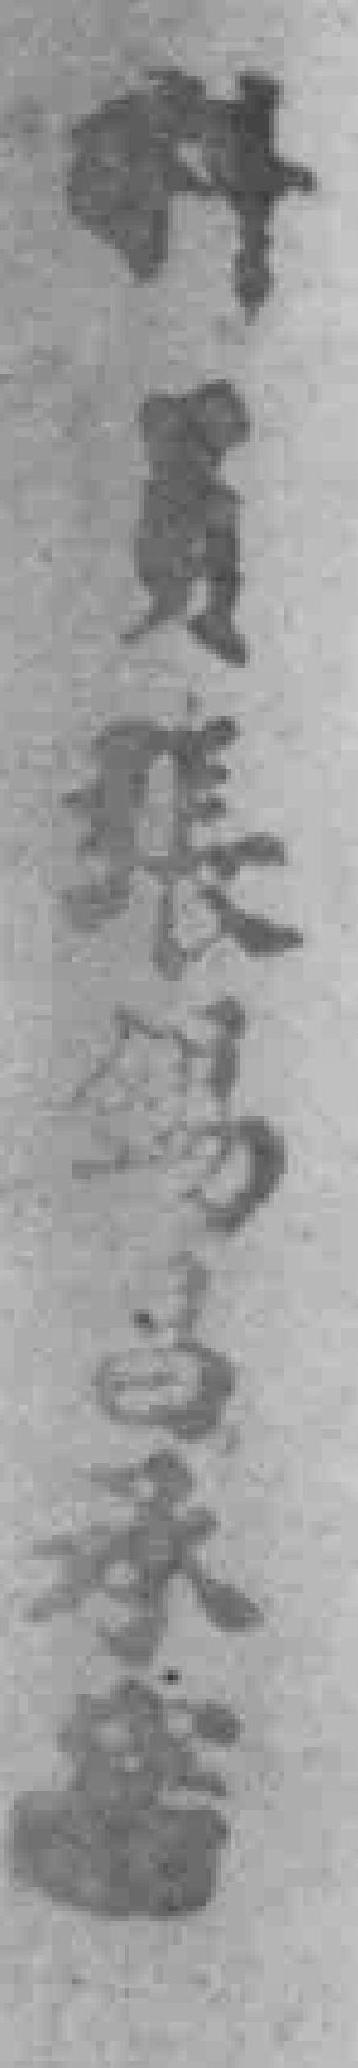
科員張錫昌承*